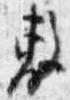
敷